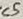
Text: C5